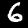
Digit: 6